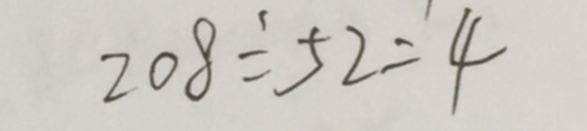
2 0 8 \div 5 2 = 4